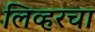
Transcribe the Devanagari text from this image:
लिव्हरचा